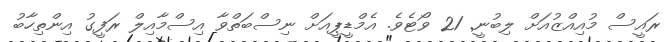
ރައީސް މުއިއްޒުއަށް ލިބުނީ